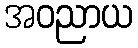
အဝညာယ